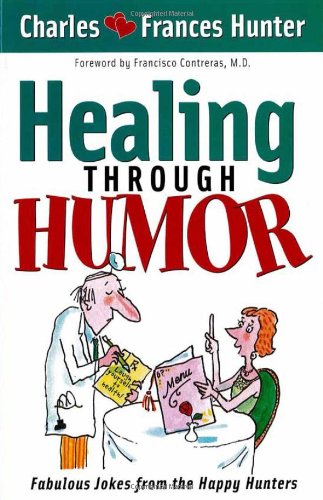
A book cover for Healing Through Humor: Fabulous Jokes From the Happy Hunters; Charles Hunter; Humor & Entertainment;